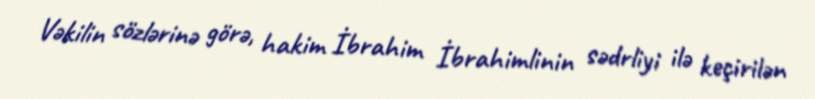
Vəkilin sözlərinə görə, hakim İbrahim İbrahimlinin sədrliyi ilə keçirilən